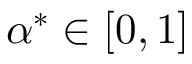
\alpha ^ { * } \in [ 0 , 1 ]